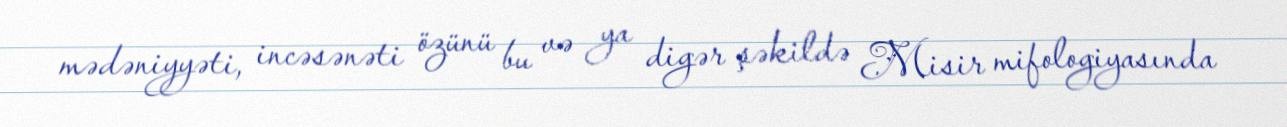
mədəniyyəti, incəsənəti özünü bu və ya digər şəkildə Misir mifologiyasında